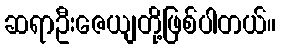
ဆရာဦးဇေယျတို့ဖြစ်ပါတယ်။